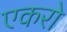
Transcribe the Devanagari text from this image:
एकरो